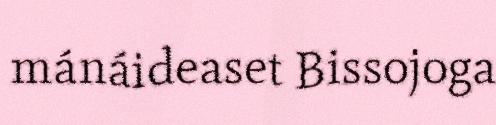
mánáideaset Bissojoga